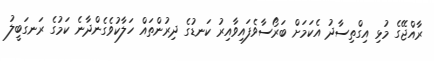
ރާއްޖޭގެ މުޅި އިގްތިސާދު އެކަމަށް ބަރޯސާވެފައިވާއިރު ކަނޑުގެ ދިރުންތައް ހަލާކުވެގެންދާނެ ކަމުގެ ރަނގަބީލު